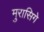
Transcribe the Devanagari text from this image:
मुरासिगे